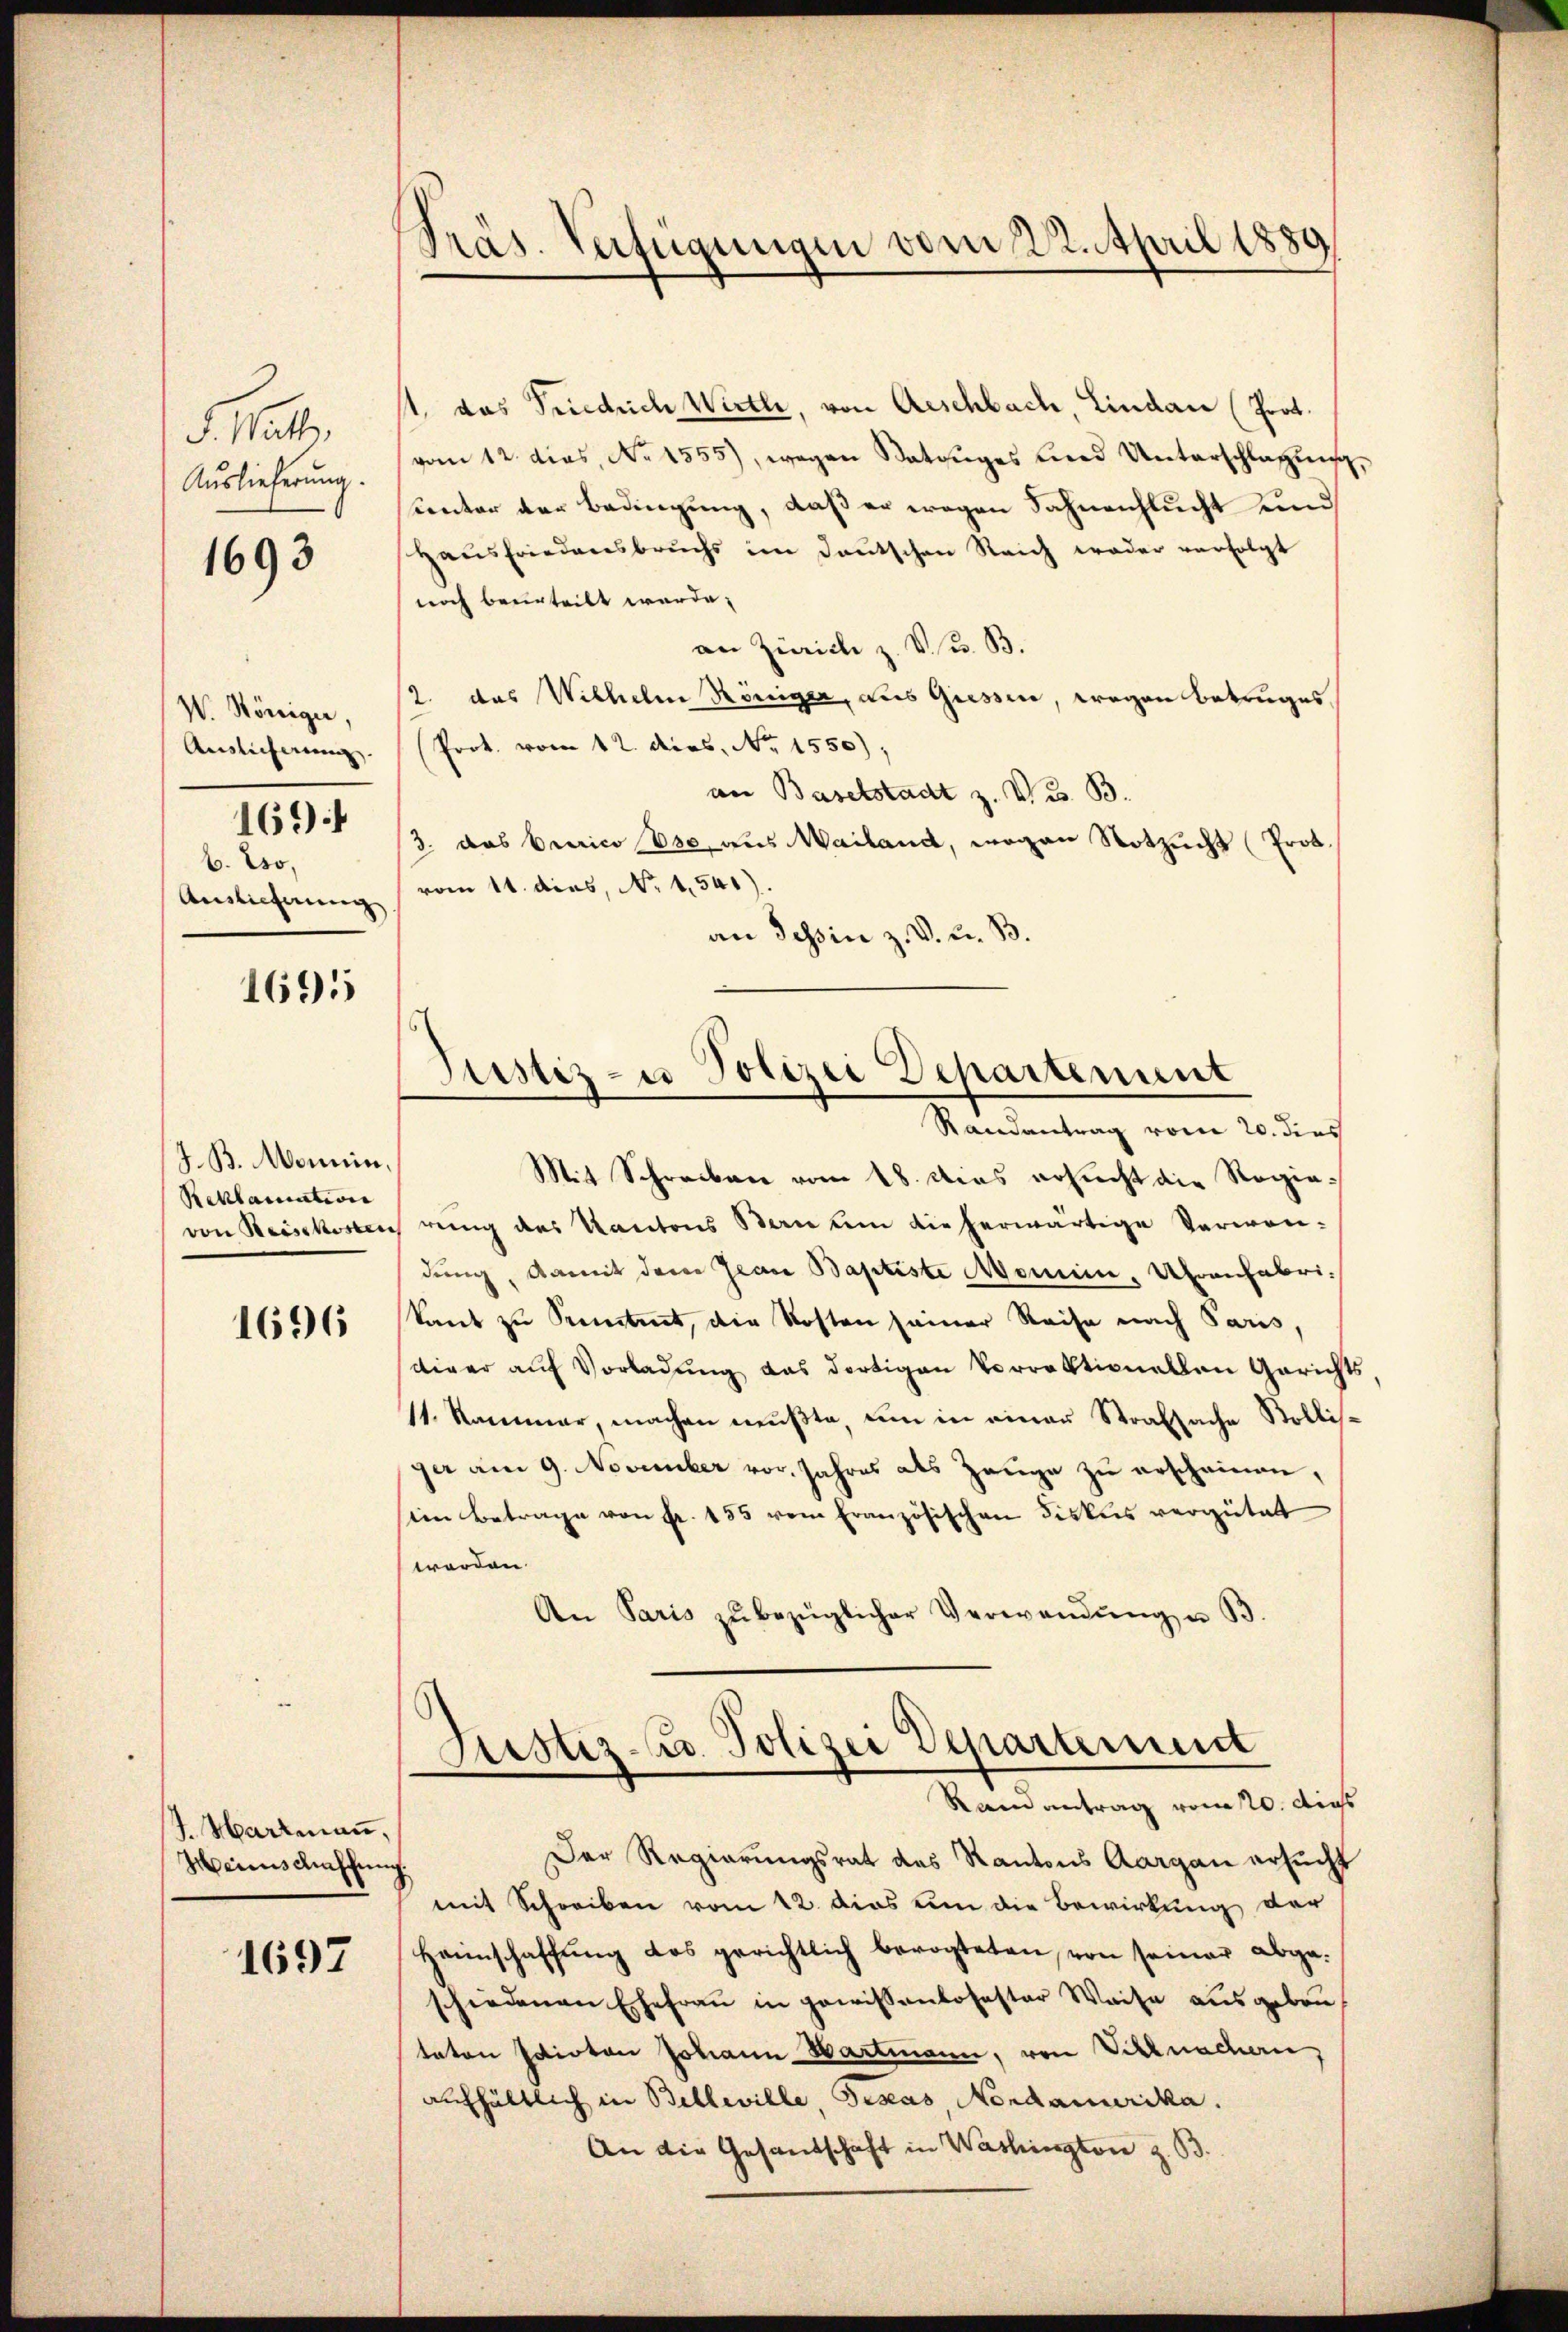
v. Watt,
Auslieferung.

1693

W. Königer,
Auslicherung. |
1694
6. Wo¬
Auslieferung

1691

J. B. Monnin,
Reklamation

1696

J. Hartmaṅ,
Heinschaffung

1697

Präs. Verfügungen vom 22. April 1889

Mit Schreiben vom 18. dies ersicht die Regievon Reisekosten rung des Kantons Bern um die herwärtige Verwen-
dung, damit der Jean Baptiste Momen, Uhrenfabrikant zu Petent, die Kosten seiner Reise nach Paris,
diger aŭf Vorladŭng das dortigen Vorrektionellen Gerichts,
11. Kammer, machen mŭβte, um in einer Strafsache Bollisger am 9. November vor. Jahres als Zeuge zŭ erschainen,
iin Betrage von Fr. 155 vom französischen Fiskus vergütet
worden.
An Paris zŭ bezüglicher Verwendŭng u B.

11. das Friedrich Wirth, von Aeschbach, Lindau (Prot.
vom 12. dies, No 1555), wegen Satzuges und Unterschlagung,
Unter der Bedingung, daß er wegen Fahnenflucht und
Haŭsfriedensbruchs im Laŭtschen Reich weder verfolgt
noch beurteilt werde.
an Zürich z. V. u. B.
2. das Wilhelm Königer, aus Giessen, wegen betruges,
(Prot. vom 12. dies, Nr. 1550),
an Baselstadt z. V. B.
3. das berico Ese, aus Mailand, wogen Notzucht (Prot.
vom 11. dies, No. 1541).
an Tessin z. V. u. B.

Der Regierungsrat des Kantons Aargau ersucht
mit Schreiben vom 12. dies um die Bewirkung der
Haunschaffŭng das gerichtlich bevogteten, von seiner abgeschiedenen Ehefrau in gewissenlosester Weise ausgebentaten Idioten Johann Hartmann, von Schlachern,
aufhältlich in Belleville, Jenas Nordamerika.
An die Gesandschaft in Washington z. B.

Justiz- u Polizei Departement
.
Randantrag vom 20. dies

Justiz-Co. Polizei Departement
Randantrag vom 20. dies